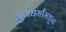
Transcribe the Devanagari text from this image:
गुणधर्मांमधून